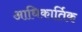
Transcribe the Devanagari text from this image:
आधिकार्तिक